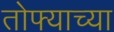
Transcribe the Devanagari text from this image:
तोफ्याच्या